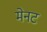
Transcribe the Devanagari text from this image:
मेनट